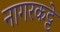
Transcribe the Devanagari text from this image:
नागरकट्टे